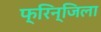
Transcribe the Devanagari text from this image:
फ्रिन्जिला